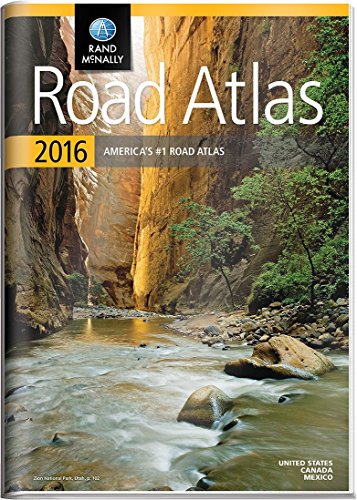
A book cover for Rand McNally 2016 Gift Road Atlas (Rand Mcnally Road Atlas United States/ Canada/Mexico (Gift Edition)); Rand McNally; Reference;